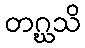
တဂ္ဃသိ